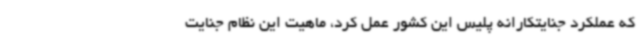
که عملکرد جنایتکارانه پلیس این کشور عمل کرد، ماهیت این نظام جنایت